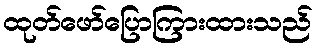
ထုတ်ဖော်ပြောကြားထားသည်